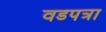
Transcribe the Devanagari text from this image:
वडपत्रा